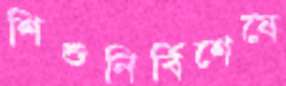
শিশুনির্বিশেষে